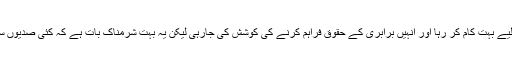
انہوں نے کہا کہ بھارت خواتین کی حمایت کے لیے بہت کام کر رہا اور انہیں برابری کے حقوق فراہم کرنے کی کوشش کی جارہی لیکن یہ بہت شرمناک بات ہے کہ کئی صدیوں سے وہ اس طرح کے جرائم کو روک نہیں سکے۔